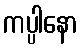
ကပ္ပါနော